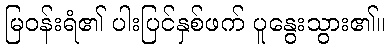
မြဝန်းရံ၏ ပါးပြင်နှစ်ဖက် ပူနွေးသွား၏။